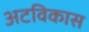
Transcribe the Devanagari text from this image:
अटविकास